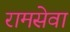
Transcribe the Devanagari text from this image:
रामसेवा